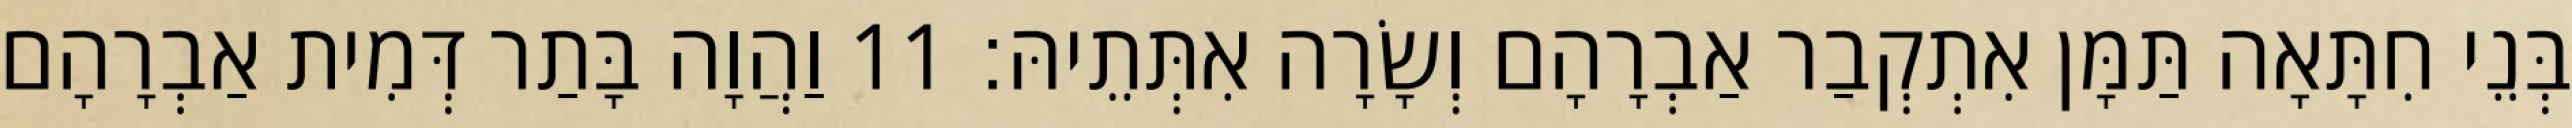
בְּנֵי חִתָּאָה תַּמָּן אִתְקְבַר אַבְרָהָם וְשָׂרָה אִתְּתֵיהּ׃ 11 וַהֲוָה בָּתַר דְּמִית אַבְרָהָם